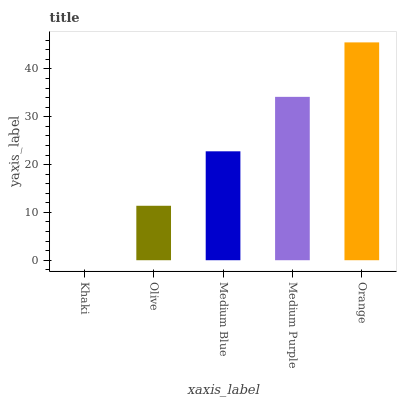
| xaxis_label | bars |
 | --- | --- |
 | Khaki | 0 |
 | Olive | 11.4 |
 | Medium Blue | 22.8 |
 | Medium Purple | 34.2 |
 | Orange | 45.5 |